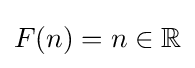
F(n)=n\in \mathbb {R}